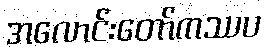
အလောင်းတော်ကဿပ